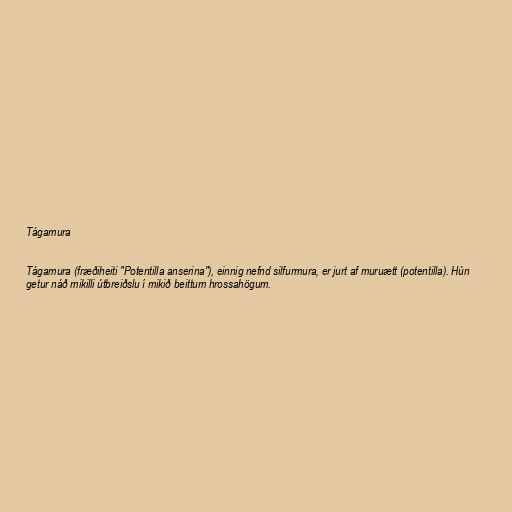
Tágamura

Tágamura (fræðiheiti "Potentilla anserina"), einnig nefnd silfurmura, er jurt af muruætt (potentilla). Hún
getur náð mikilli útbreiðslu í mikið beittum hrossahögum.